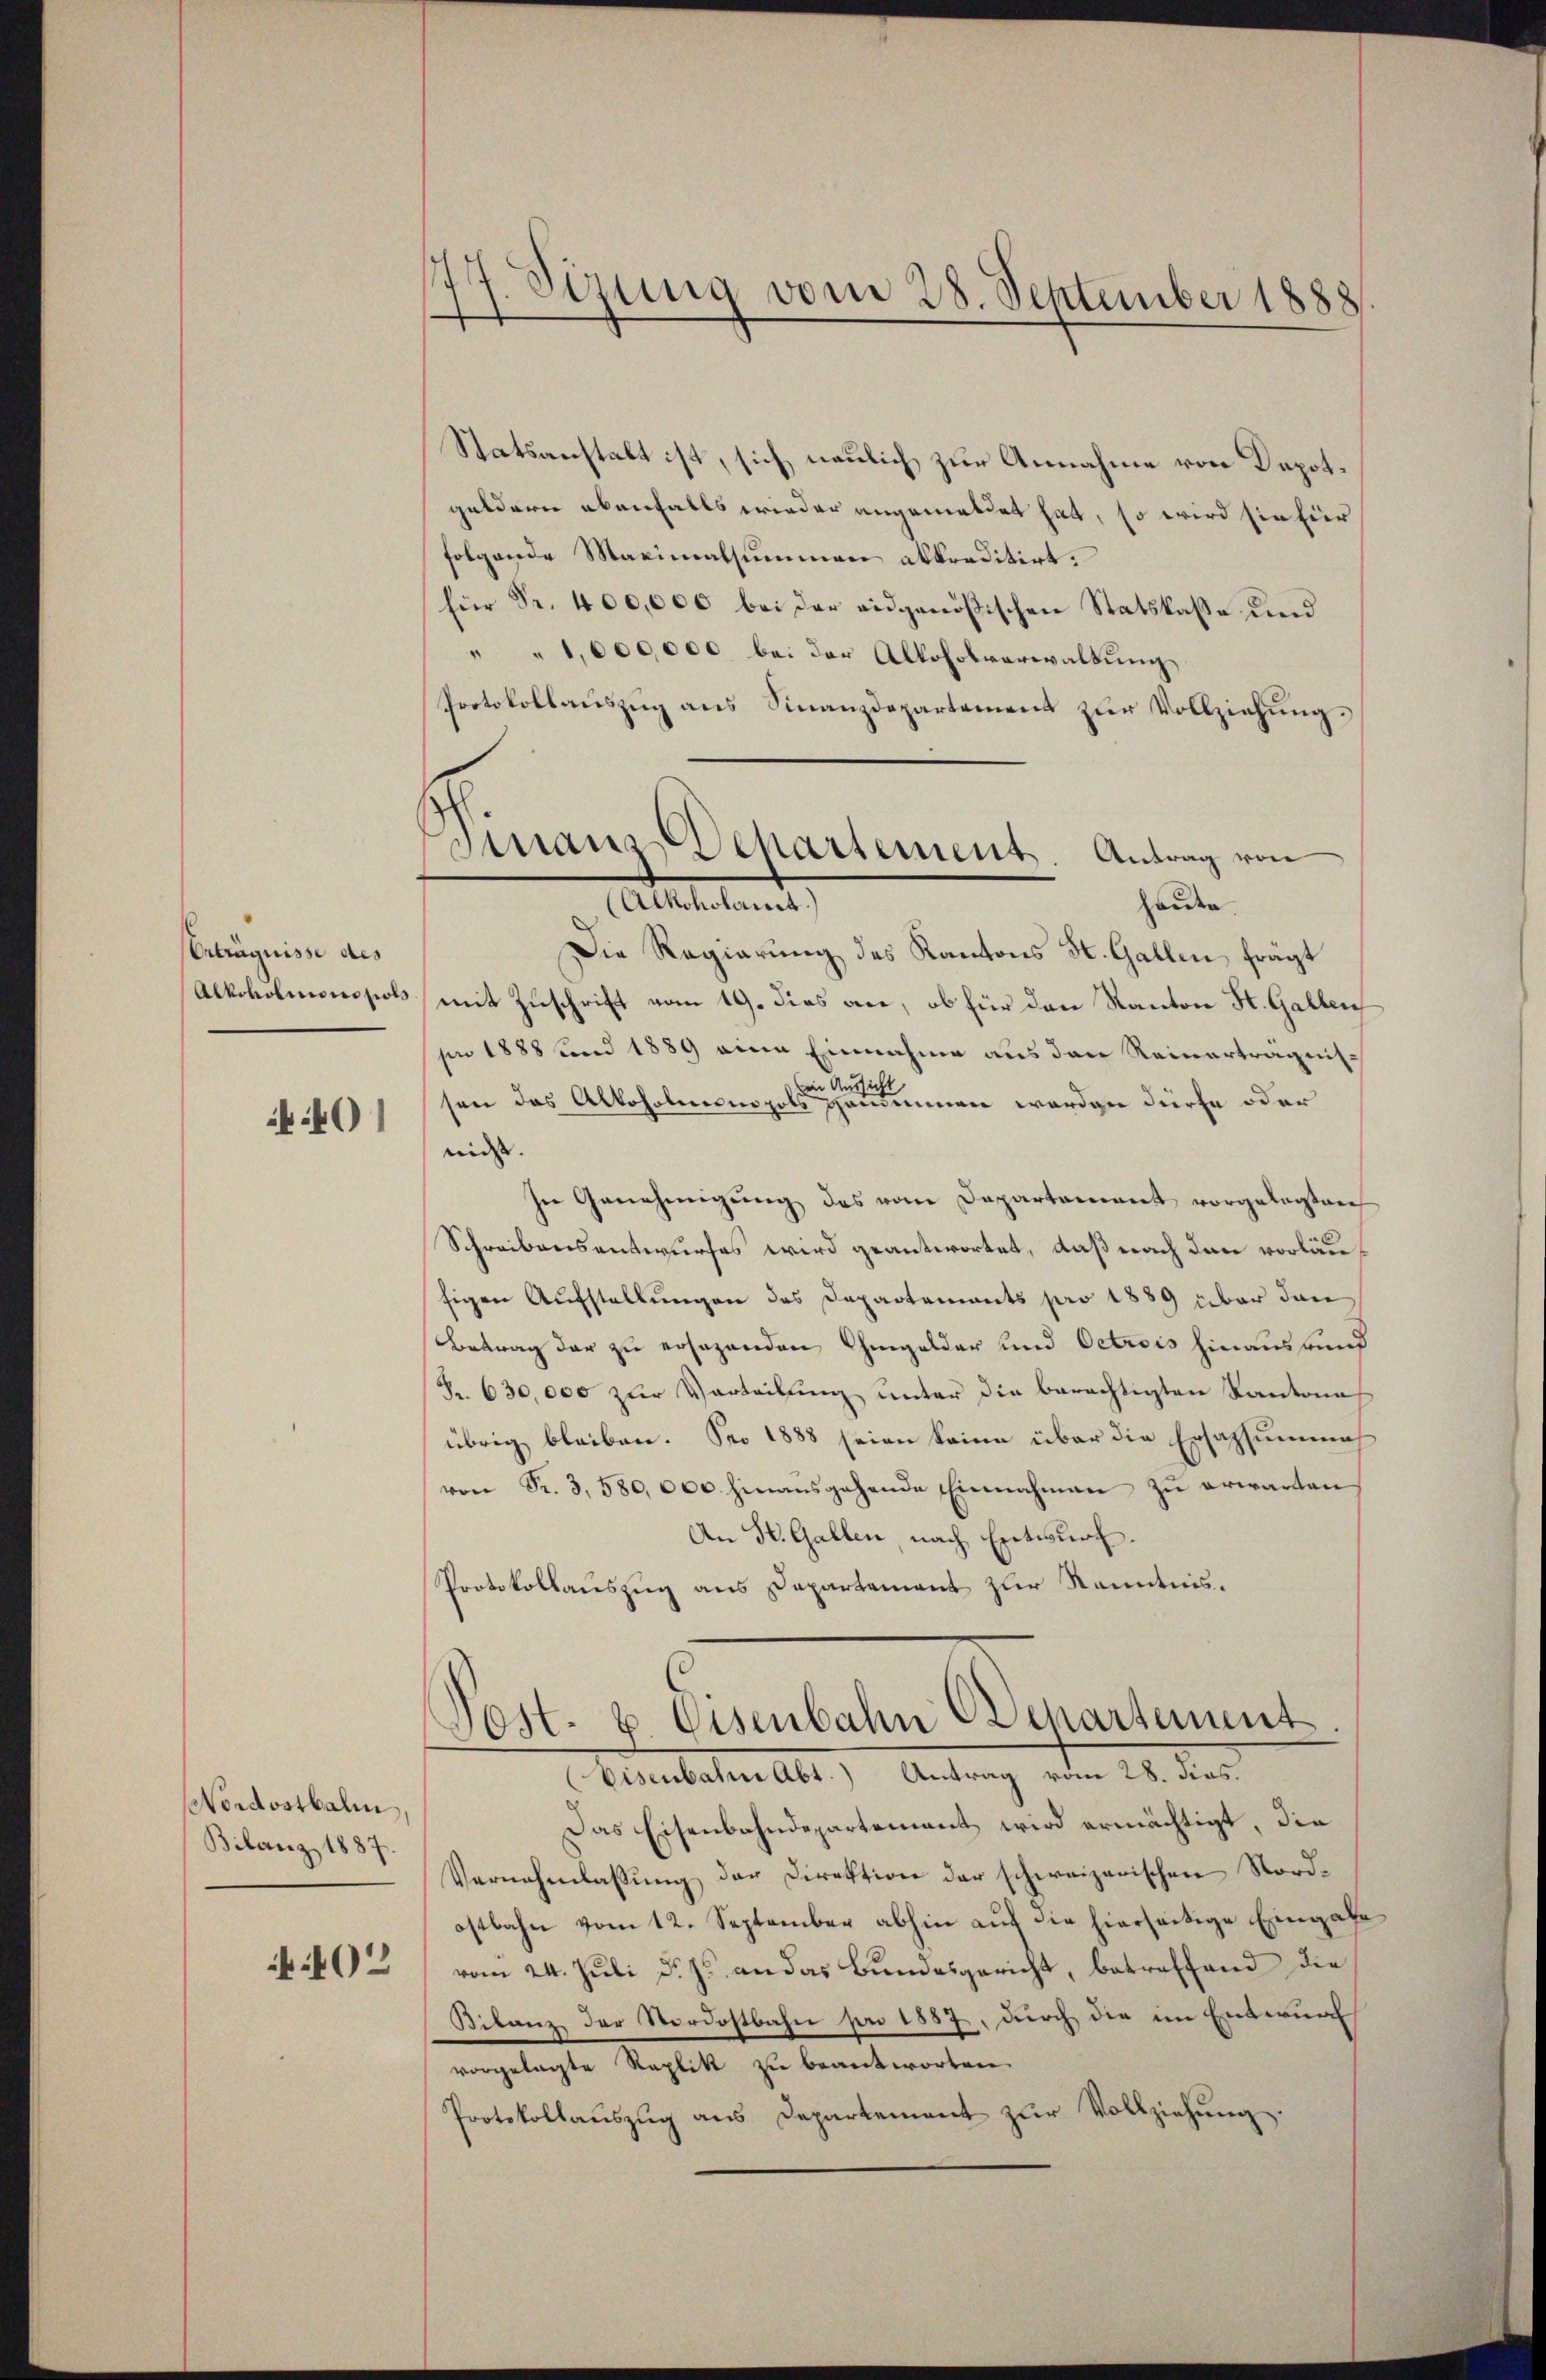
Erträgnisse des
Alkoholimon sol

40)

Nordostbalm,
Bilanz 1887.
402

f. Sizung vom 28. September 1888

Finanz-Departement. Antrag von
(Alkoholamt)
hander.

Statsanstalt ist, sich neulich zur Annahme von Depot.
geldern ebenfalls wieder angemeldet hat, so wird sie für
folgende Maximatsummen abkreditirt.
für Fr. 400,000 bei der eidgenößischen Statskasse und
" " 1,600,000 bei der Alkoholverwaltung,
Protokollaŭszŭg ans Finanzdepartement zŭr Vollziehŭng.
Die Regierung des Kantons St. Gallen, frägt
mit Zuschrift vom 19. dies an, ob für den Kanton St. Gallen
pro 1888 und 1889 eine Einnahme aus den Reinerträgnisin Aussich
sen das Alkoholmonopols genommen worden dürfe oder
niess. |
In Genehmigŭng des vom Departement vorgelegten
Schreibensantwurfes wird geantwortet, daß nach den vorläusigen Aufstellungen des Departements pro 1889 über den
Betrag der zu ersagenden Chmgelder und Octrois hinausfind
Fr. 630,000 zur Verteilung unter die berechtigten Kantona
übrig bleiben. Pro 1888 seien keine über die Ersazsumme
von Sr. 3,580,000 hinausgehende Einnahmen zu erwarten
An St. Gallen, nach Entwurf.
Protokollauszug aus Departement zur Kenntnis¬
Post- u. Eisenbahn (Departement.
Eisenbahne Abt. Antrag vom 28. dies.
Das Eisenbahndepartement wird ermächtigt, die
Vernehmlassung der Direktion der schweizerischen Nordostbahn vom 12. September abhin auf die hierseitige Eingabe
vom 24. Juli d. J. an das Bundesgericht, betreffend die
Bilanz der Nordostbahnpr 1887, durch die im Entwurf
vorgelegte Replik zu beantworten
Protokollaŭszŭg ans Departement zŭr Vollziehŭng.